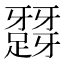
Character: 𨅪